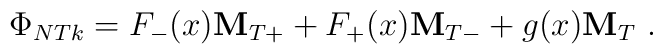
\Phi_{NTk} = F_- (x) {\bf M}_{T+} + F_+ (x) {\bf M}_{T-}          + g(x) {\bf M}_T \ .